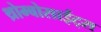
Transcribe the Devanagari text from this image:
थ्रोम्बोसाईट्स